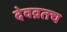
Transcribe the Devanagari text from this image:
देवव्रतच